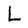
Character: L